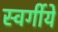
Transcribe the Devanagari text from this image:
स्वर्गीये